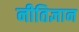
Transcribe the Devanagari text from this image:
नीतिज्ञान